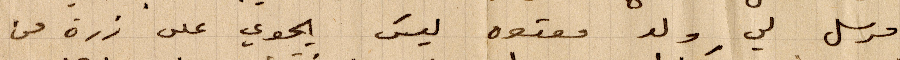
مرسل لي ولد معتوه ليس يحوي على ذرة من